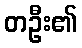
တဦး၏